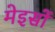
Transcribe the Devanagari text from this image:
मेइसों